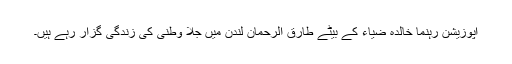
اپوزیشن رہنما خالدہ ضیاء کے بیٹے طارق الرحمان لندن میں جلا وطنی کی زندگی گزار رہے ہیں۔